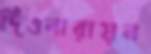
দিওনারায়ন